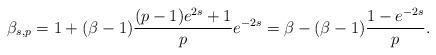
LaTeX: \begin{align*}\beta_{s,p} =1 + (\beta-1)\frac{(p-1)e^{2s} + 1}{p} e^{-2s}=\beta - (\beta-1)\frac{1-e^{-2s}}{p}.\end{align*}